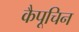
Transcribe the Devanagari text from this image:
कैपूचिन